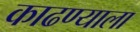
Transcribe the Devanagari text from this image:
काढण्याला